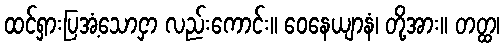
ထင်ရှားပြအံ့သောငှာ လည်းကောင်း။ ဝေနေယျာနံ၊ တို့အား။ တတ္ထ၊